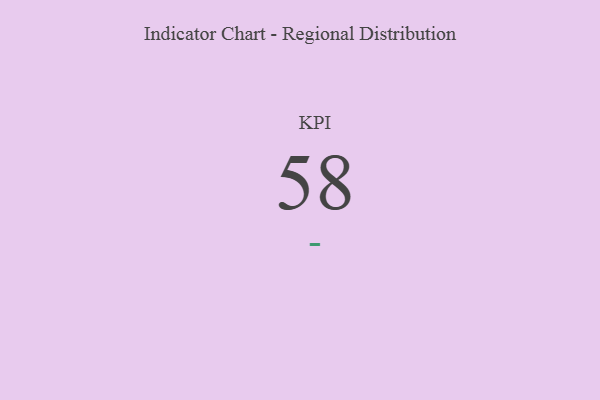
{"axis": {"x": "KPI", "y": "Value"}, "legend": [""], "data": [{"x": "KPI", "y": 58, "type": ""}]}